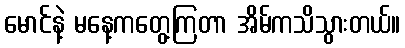
မောင်နဲ့ မနေ့ကတွေ့ကြတာ အိမ်ကသိသွားတယ်။